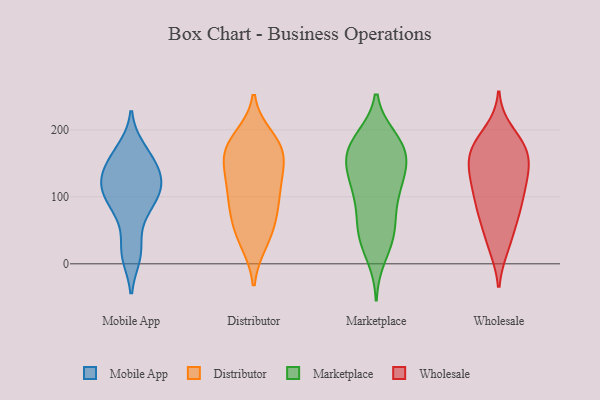
{"axis": {"x": "Budget (USD K)", "y": "Value"}, "legend": ["Distributor", "Marketplace", "Mobile App", "Wholesale"], "data": [{"x": "", "y": 86, "type": "Mobile App"}, {"x": "", "y": 158, "type": "Mobile App"}, {"x": "", "y": 20, "type": "Mobile App"}, {"x": "", "y": 114, "type": "Mobile App"}, {"x": "", "y": 75, "type": "Mobile App"}, {"x": "", "y": 110, "type": "Mobile App"}, {"x": "", "y": 171, "type": "Mobile App"}, {"x": "", "y": 107, "type": "Mobile App"}, {"x": "", "y": 128, "type": "Mobile App"}, {"x": "", "y": 149, "type": "Mobile App"}, {"x": "", "y": 13, "type": "Mobile App"}, {"x": "", "y": 131, "type": "Mobile App"}, {"x": "", "y": 120, "type": "Distributor"}, {"x": "", "y": 33, "type": "Distributor"}, {"x": "", "y": 153, "type": "Distributor"}, {"x": "", "y": 179, "type": "Distributor"}, {"x": "", "y": 169, "type": "Distributor"}, {"x": "", "y": 117, "type": "Distributor"}, {"x": "", "y": 75, "type": "Distributor"}, {"x": "", "y": 189, "type": "Distributor"}, {"x": "", "y": 130, "type": "Distributor"}, {"x": "", "y": 31, "type": "Distributor"}, {"x": "", "y": 94, "type": "Distributor"}, {"x": "", "y": 181, "type": "Distributor"}, {"x": "", "y": 64, "type": "Distributor"}, {"x": "", "y": 156, "type": "Distributor"}, {"x": "", "y": 165, "type": "Distributor"}, {"x": "", "y": 100, "type": "Distributor"}, {"x": "", "y": 60, "type": "Distributor"}, {"x": "", "y": 181, "type": "Marketplace"}, {"x": "", "y": 73, "type": "Marketplace"}, {"x": "", "y": 49, "type": "Marketplace"}, {"x": "", "y": 148, "type": "Marketplace"}, {"x": "", "y": 164, "type": "Marketplace"}, {"x": "", "y": 109, "type": "Marketplace"}, {"x": "", "y": 45, "type": "Marketplace"}, {"x": "", "y": 121, "type": "Marketplace"}, {"x": "", "y": 11, "type": "Marketplace"}, {"x": "", "y": 49, "type": "Marketplace"}, {"x": "", "y": 151, "type": "Marketplace"}, {"x": "", "y": 180, "type": "Marketplace"}, {"x": "", "y": 96, "type": "Marketplace"}, {"x": "", "y": 152, "type": "Marketplace"}, {"x": "", "y": 129, "type": "Marketplace"}, {"x": "", "y": 187, "type": "Marketplace"}, {"x": "", "y": 34, "type": "Marketplace"}, {"x": "", "y": 109, "type": "Marketplace"}, {"x": "", "y": 184, "type": "Marketplace"}, {"x": "", "y": 164, "type": "Marketplace"}, {"x": "", "y": 134, "type": "Wholesale"}, {"x": "", "y": 26, "type": "Wholesale"}, {"x": "", "y": 136, "type": "Wholesale"}, {"x": "", "y": 82, "type": "Wholesale"}, {"x": "", "y": 179, "type": "Wholesale"}, {"x": "", "y": 197, "type": "Wholesale"}, {"x": "", "y": 171, "type": "Wholesale"}, {"x": "", "y": 140, "type": "Wholesale"}, {"x": "", "y": 162, "type": "Wholesale"}, {"x": "", "y": 88, "type": "Wholesale"}, {"x": "", "y": 168, "type": "Wholesale"}, {"x": "", "y": 27, "type": "Wholesale"}, {"x": "", "y": 123, "type": "Wholesale"}, {"x": "", "y": 112, "type": "Wholesale"}, {"x": "", "y": 117, "type": "Wholesale"}, {"x": "", "y": 166, "type": "Wholesale"}, {"x": "", "y": 83, "type": "Wholesale"}, {"x": "", "y": 178, "type": "Wholesale"}, {"x": "", "y": 71, "type": "Wholesale"}, {"x": "", "y": 53, "type": "Wholesale"}]}